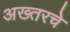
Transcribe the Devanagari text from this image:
अख्तरचे